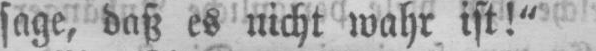
sage, daß es nicht wahr ist!“